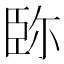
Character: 䑐